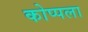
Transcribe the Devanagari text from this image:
कोप्पला